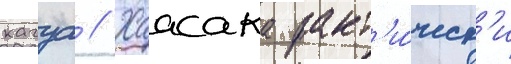
кагуа // Хаасака факт'и́ческ'и